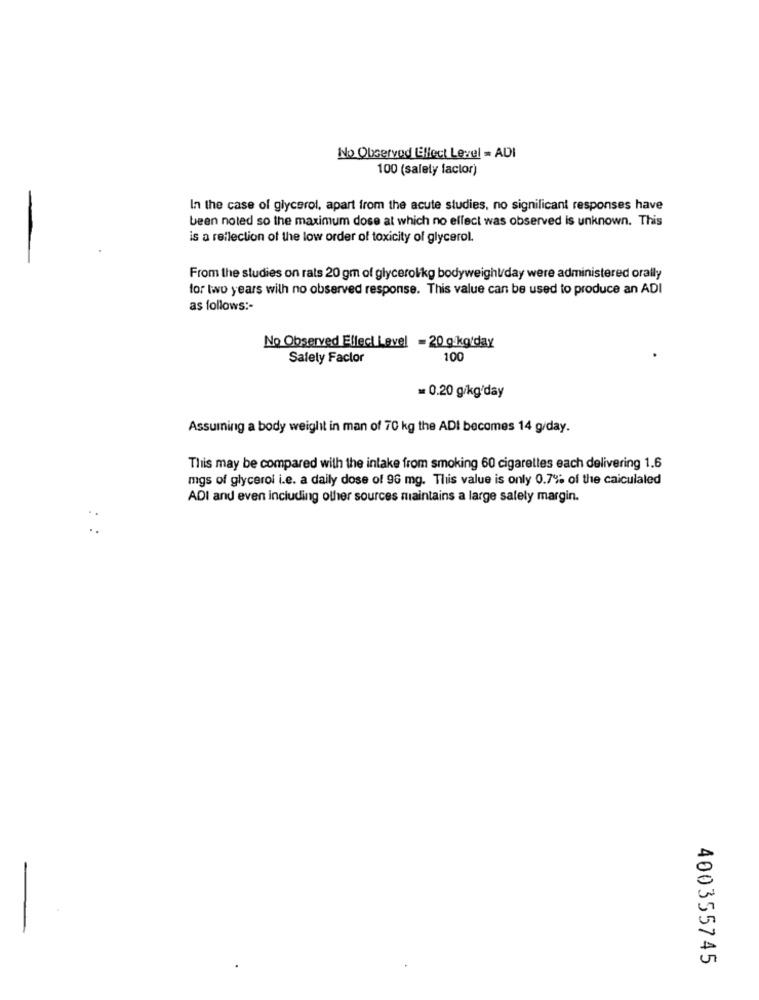
No Observed Effect Level = ADI
100 (salely factor)
In the case of glycerol, apart from the acute studies, no significant responses have
been noted so the maximum dose at which no effect was observed is unknown. This
is a reflection of the low order of toxicity of glycerol.
From the studies on rats 20 gm of glycerolkg bodyweight/day were administered orally
for two years with no observed response. This value can be used to produce an ADI
as follows :-
No Observed Elleci Level - 20 g.kg/day
Safely Factor
100
= 0.20 g/kg/day
Assuming a body weight in man of 70 kg the ADI becomes 14 g/day.
This may be compared with the intake from smoking 60 cigarettes each delivering 1.6
mgs of glycerol i.e. a daily dose of 96 mg. This value is only 0.7% of the caiculaled
ADI and even including other sources maintains a large safely margin.
400355745